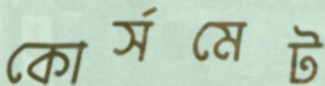
কোর্সমেট